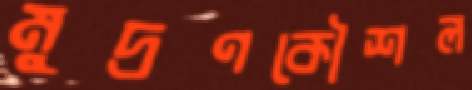
মুদ্রণকৌশল